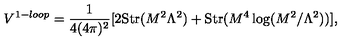
V ^ { 1 - l o o p } = \frac { 1 } { 4 ( 4 \pi ) ^ { 2 } } [ 2 \mathrm { S t r } ( M ^ { 2 } \Lambda ^ { 2 } ) + \mathrm { S t r } ( M ^ { 4 } \log ( M ^ { 2 } / \Lambda ^ { 2 } ) ) ] ,